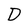
Character: D